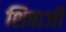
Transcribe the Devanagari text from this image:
शिबाजी